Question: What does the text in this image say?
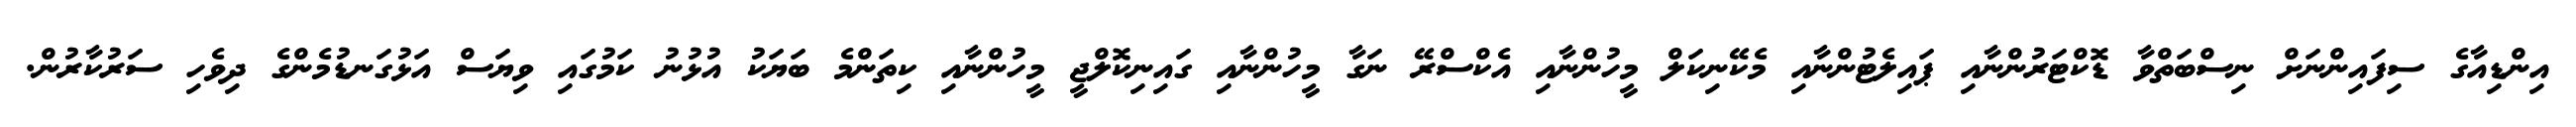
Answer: އިންޑިއާގެ ސިފައިންނަށް ނިސްބަތްވާ ޑޮކްޓަރުންނާއި ޕައިލެޓުންނާއި މެކޭނިކަލް މީހުންނާއި އެކްސްރޭ ނަގާ މީހުންނާއި ގައިނިކޮލްޖީ މީހުންނާއި ކިތަންމެ ބަޔަކު އުޅުނު ކަމުގައި ވިޔަސް އަޅުގަނޑުމެންގެ ދިވެހި ސަރުކާރުން.